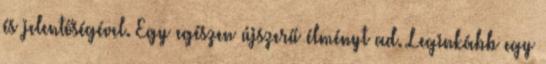
és jelentőségével. Egy egészen újszerű élményt ad. Leginkább egy